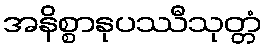
အနိစ္စာနုပဿီသုတ္တံ